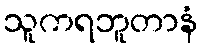
သူကရဘူတာနံ